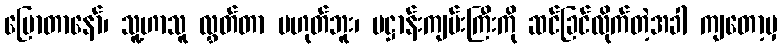
ပြောတာနော်၊ သူ့ဟာသူ လွှတ်တာ မဟုတ်ဘူး၊ ပဋ္ဌာန်းကျမ်းကြီးကို ဆင်ခြင်လိုက်တဲ့အခါ ကျတော့မှ